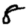
Digit: 8